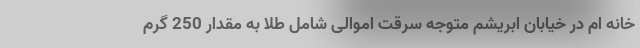
خانه ام در خیابان ابریشم متوجه سرقت اموالی شامل طلا به مقدار 250 گرم